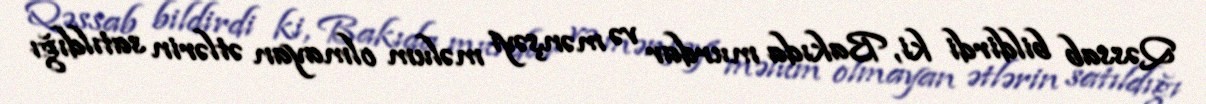
Qəssab bildirdi ki, Bakıda murdar və mənşəyi məlum olmayan ətlərin satıldığı